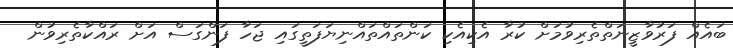
ބައެއް ފަރުވާޒީނަތްތެރިވުމަށް ކުރާ އެކިއެކި ކަންތައްތައްނިޔަފަތީގައި ޖަހާ ފަންގަސް އަށް ރައްކާތެރިވުން